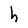
Character: h